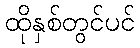
ထိုနှစ်တွင်ပင်